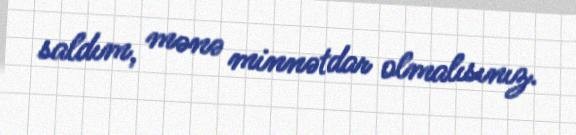
saldım, mənə minnətdar olmalısınız.